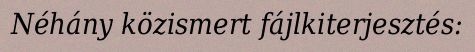
Néhány közismert fájlkiterjesztés: